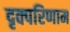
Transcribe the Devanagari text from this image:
दृक्परिणाम